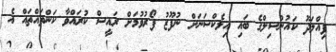
ފިއްލަދޫ ކައުންސިލްގެ ބައި އިލެކްޝަނަށް ނުފޫޒު ފޯރުވުމަށް ރައީސް ކުރައްވާ ކަންތައްތައް އެ